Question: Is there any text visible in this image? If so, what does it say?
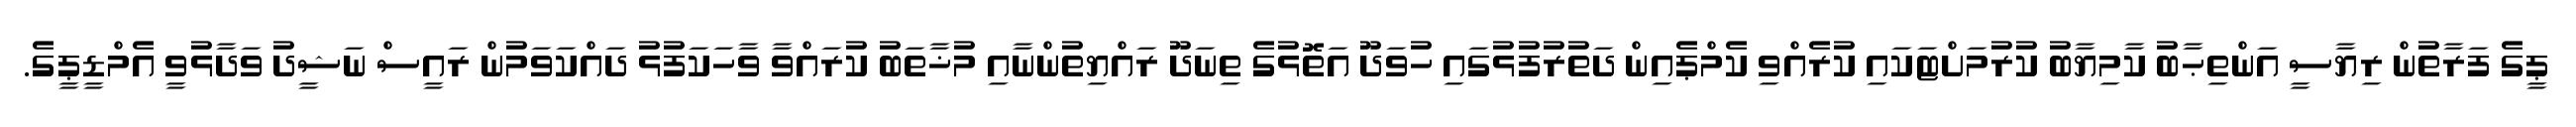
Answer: ޕީގެ ފަރާތުން ރިޔާސީ އަންތިޙާބު ކާމިޔާބު ކުރުމަށްޓަކައި ކުރެއްވި ކެމްޕެއިން ދަތުރުފުޅުގައި ހުވަދޫ އަތޮޅުގެ ތިނަދޫ ރައްޔިތުންނާއި މުޚާތަބު ކުރައްވާ ވާހަކަފުޅު ދައްކަވަމުން ރައީސް ނަޝީދު ވަދާޅުވީ އެމްޑީޕީގެ.